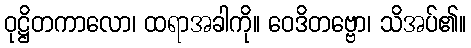
ဝုဋ္ဌိတကာလော၊ ထရာအခါကို။ ဝေဒိတဗ္ဗော၊ သိအပ်၏။